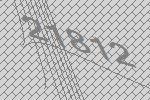
21812